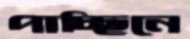
পাচ্ছিনে